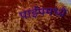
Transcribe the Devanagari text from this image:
पाईपमध्ये